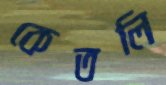
কেতলি